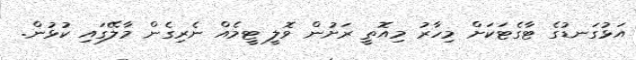
އަޅުގަނޑުގެ ޓާގެޓަކަށް މިހާރު މިއޮތީ ރަށުން ވޮލީ ޓީމެއް ނެރިގެން މާލޭގައި ކުޅުން.